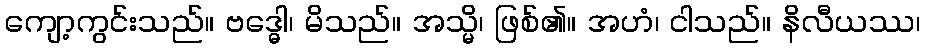
ကျော့ကွင်းသည်။ ဗဒ္ဓေါ၊ မိသည်။ အသ္မိ၊ ဖြစ်၏။ အဟံ၊ ငါသည်။ နိလီယဿ၊